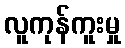
လူကုန်ကူးမှု